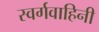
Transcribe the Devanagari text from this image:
स्वर्गवाहिनी